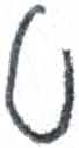
אות: ט